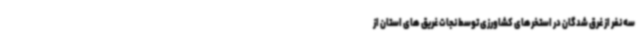
سه نفر از غرق شدگان در استخرهای کشاورزی توسط نجات غریق های استان از